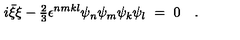
i \bar { \xi } \xi - { \textstyle { \frac 2 3 } } \epsilon ^ { n m k l } \psi _ { n } \psi _ { m } \psi _ { k } \psi _ { l } \ = \ 0 \quad .